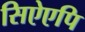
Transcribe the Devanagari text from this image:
सिऐएपि